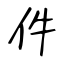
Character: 件